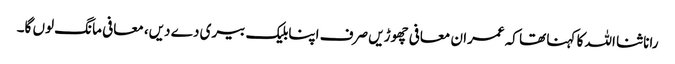
رانا ثنا اللہ کا کہنا تھا کہ عمران معافی چھوڑیں صرف اپنابلیک بیری دے دیں، معافی مانگ لوں گا۔